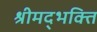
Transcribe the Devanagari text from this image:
श्रीमद्भक्ति